Leaving Certificate Examination, 1922
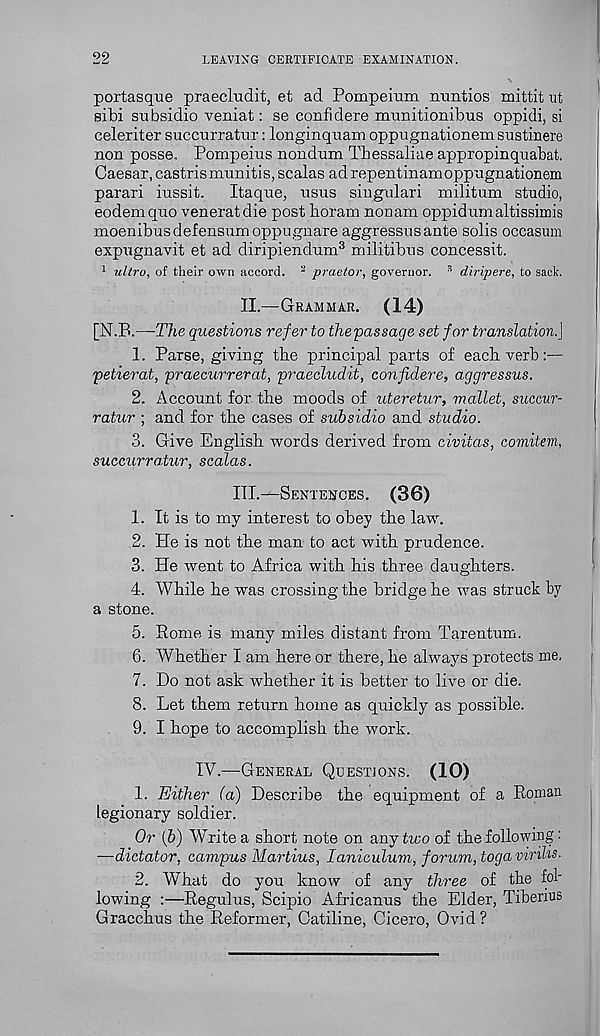
22
LEAVING CERTIFICATE EXAMINATION.
portasque praecludit, et ad Pompeium rruntios mittit ut
sibi subsidio veniat: se confidere munitionibus oppidi, si
celeriter succurratur: longinquam oppugnationemsustinere
non posse. Pompeius nonduna Thessaliae appropinqnabat.
Caesar, castrismunitis,scalas adrepentinamoppngnationem
parari iussit. Itaque, nsus singulari militum studio,
eodemquo veneratdie post boram nonam oppidumaltissimis
moenibusdefensumoppugnare aggressus ante sobs occasum
expugnavit et ad diripiendum 3 militibus concessit.
1 ultra, of their own accord. - praetor, governor. 3 diripere, to sack.
II.—GRAMMAR. (14)
[N.R—The questions refer to the passage set for translation.}
1. Parse, giving the principal parts of each verb:—
petierat, praecurrerat, praecludit, confidere, aggressus.
2. Account for the moods of uteretur, mallet, succur-
ratur ; and for the cases of subsidio and studio.
3. Give English words derived from civitas, comitem,
succurratur, scalas.
III.—SENTENCES. (36)
1. It is to my interest to obey the law.
2. He is not the man to act with prudence.
3. He went to Africa with bis three daughters.
4. While he was crossing the bridge he was struck by
a stone.
5. Rome is many miles distant from Tarentum.
6. Whether I am here or there, he always protects me,
7. Do not ask whether it is better to live or die.
8. Let them return home as quickly as possible.
9. I hope to accomplish the work.
IV.—GENERAL QUESTIONS. (10)
1. Either (a) Describe the equipment of a Roman
Legionary soldier.
Or (6) Write a short note on any two of the following:
—dictator, campus Martins, Ianiculum, forum, toga virihs.
2. What do you know of any three of the fob
lowing :—Regulus, Scipio Africanus the Elder, Tiberius
Gracchus the Reformer, Catiline, Cicero, Ovid?